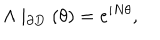
\Lambda \mid _ { \partial D } ( \theta ) = e ^ { i N \theta } ,